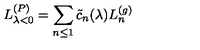
L _ { \lambda < 0 } ^ { ( P ) } = \sum _ { n \leq 1 } \tilde { c } _ { n } ( \lambda ) L _ { n } ^ { ( g ) }